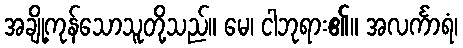
အချို့ကုန်သောသူတို့သည်။ မေ၊ ငါဘုရား၏။ အလင်္ကာရံ၊